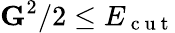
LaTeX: \textbf{G}^{2}/2\leq E_{\mathrm{~c~u~t~}}